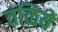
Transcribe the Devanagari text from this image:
तळिये